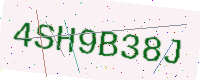
Text: 4SH9B38J